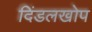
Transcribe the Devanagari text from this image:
दिंडलखोप